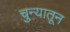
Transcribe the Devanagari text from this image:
चुन्यातून